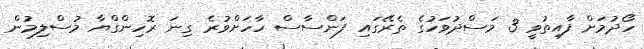
ހޯދުމަށް ފާއިތުވީ 3 މަސްދުވަހުގެ ތެރޭގައި ފަންސާސް ހާހަށްވުރެ ގިނަ ރޮހިންގްޔާ މުސްލިމުން